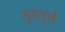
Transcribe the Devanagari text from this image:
मुहल्‍ले